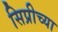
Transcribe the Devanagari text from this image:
सिप्रीच्या